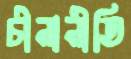
চীনানীতি